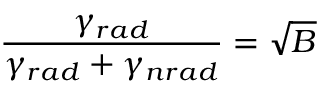
\frac { \gamma _ { r a d } } { \gamma _ { r a d } + \gamma _ { n r a d } } = \sqrt { B }